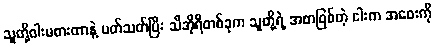
သူတို့ဝါးမစားတာနဲ့ ပတ်သတ်ပြီး သီအိုရီတစ်ခုက သူတို့ရဲ့ အစာဖြစ်တဲ့ ငါးက အဝေးကို